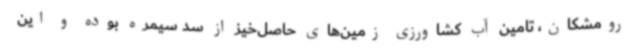
رومشکان، تامین آب کشاورزی زمین‌های حاصل‌خیز از سد سیمره بوده و این